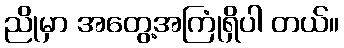
ညိုမှာ အတွေ့အကြုံရှိပါ တယ်။